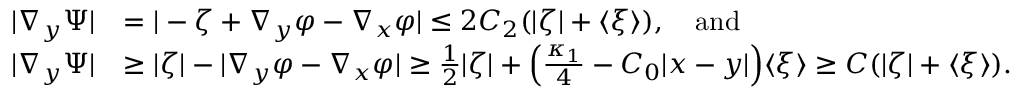
\begin{array} { r l } { | \nabla _ { y } \Psi | } & { = | - \zeta + \nabla _ { y } \varphi - \nabla _ { x } \varphi | \leq 2 C _ { 2 } ( | \zeta | + { \langle { \xi } \rangle } ) , \quad \mathrm { a n d } } \\ { | \nabla _ { y } \Psi | } & { \geq | \zeta | - | \nabla _ { y } \varphi - \nabla _ { x } \varphi | \geq \frac { 1 } { 2 } | \zeta | + \Big ( \frac { \kappa _ { 1 } } { 4 } - C _ { 0 } | x - y | \Big ) { \langle { \xi } \rangle } \geq C ( | \zeta | + { \langle { \xi } \rangle } ) . } \end{array}